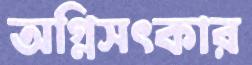
অগ্নিসৎকার